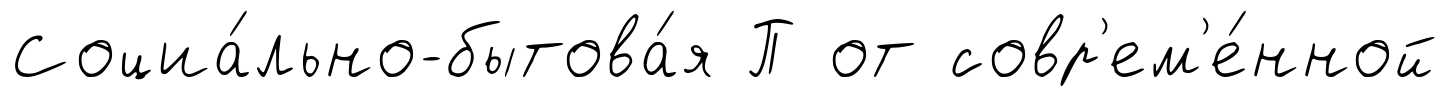
Социа́льно-бытова́я П от совр'ем'е́нной